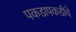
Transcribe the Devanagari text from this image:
पकडापकडीचे